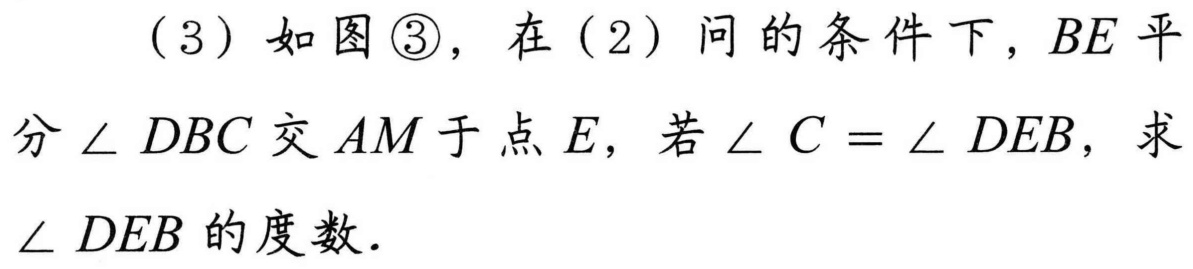
(3) 如图\textcircled{3}，在(2)问的条件下，\(BE\)平
分\(\angle DBC\)交\(AM\)于点\(E\)，若\(\angle C=\angle DEB\)，求
\(\angle DEB\)的度数.